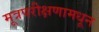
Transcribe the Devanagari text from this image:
मूत्रपरीक्षणामधून